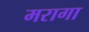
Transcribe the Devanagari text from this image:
मरागा